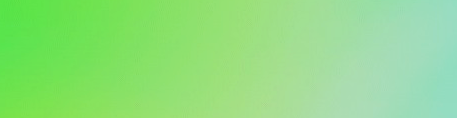
OPEN 24 HOURS